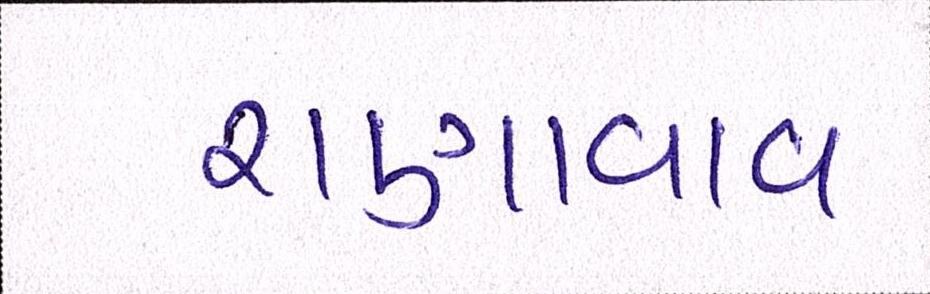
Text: રાણાવાવ